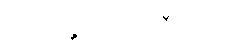
အရဟန္တဃာတကဝီသော